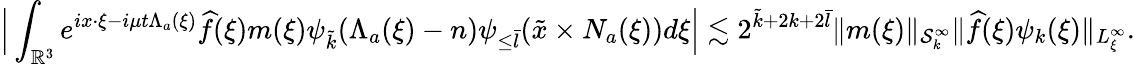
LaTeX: \Big|\int_{\mathbb{R}^{3}}e^{ix\cdot\xi-i\mu t\Lambda_{a}(\xi)}\widehat{f}(\xi)m(\xi)\psi_{\tilde{k}}(\Lambda_{a}(\xi)-n)\psi_{\leq\bar{l}}(\tilde{x}\times N_{a}(\xi))d\xi\Big|\lesssim 2^{\tilde{k}+2k+2\bar{l}}\| m(\xi)\| _{\mathcal{S}_{k}^{\infty}}\| \widehat{f}(\xi)\psi_{k}(\xi)\| _{L_{\xi}^{\infty}}.